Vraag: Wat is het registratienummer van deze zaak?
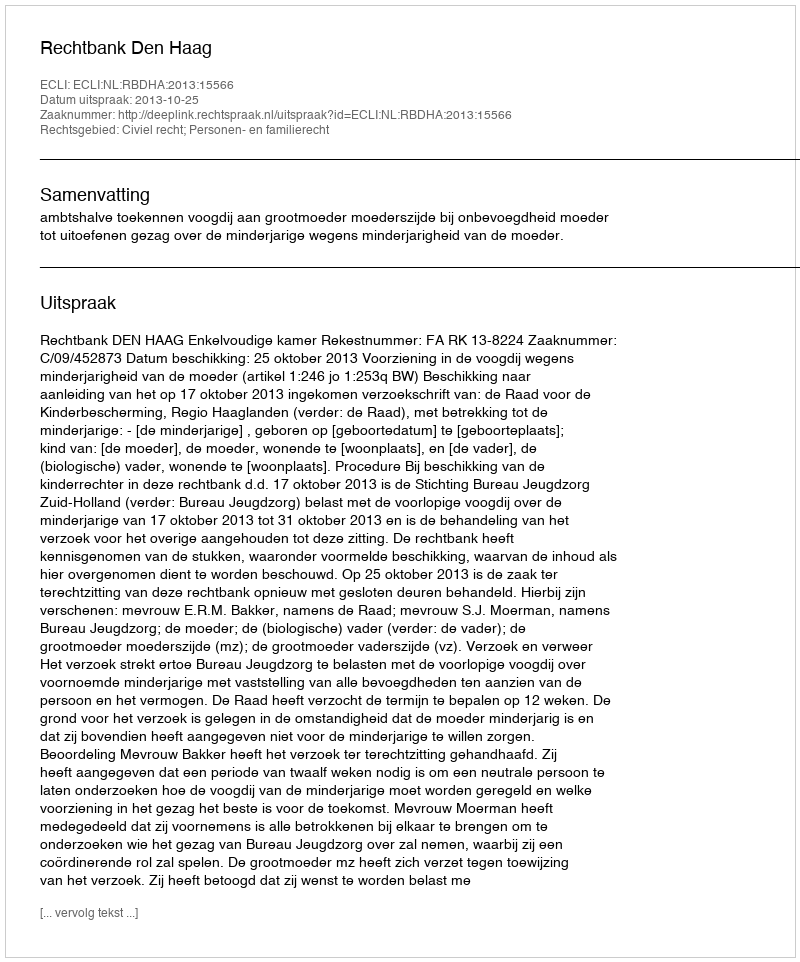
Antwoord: http://deeplink.rechtspraak.nl/uitspraak?id=ECLI:NL:RBDHA:2013:15566